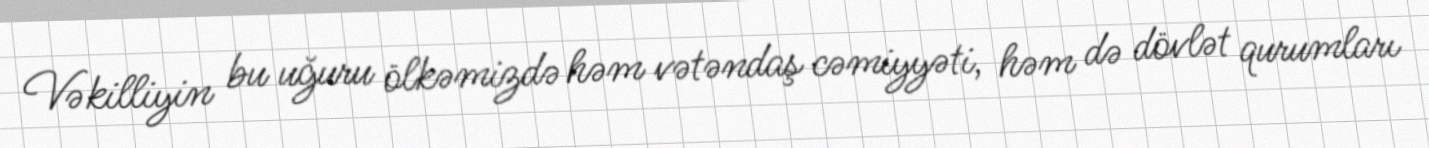
Vəkilliyin bu uğuru ölkəmizdə həm vətəndaş cəmiyyəti, həm də dövlət qurumları